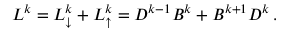
\begin{array} { r } { L ^ { k } = L _ { \downarrow } ^ { k } + L _ { \uparrow } ^ { k } = D ^ { k - 1 } B ^ { k } + B ^ { k + 1 } D ^ { k } \, . } \end{array}